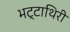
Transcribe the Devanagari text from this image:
भट्टाथिरी